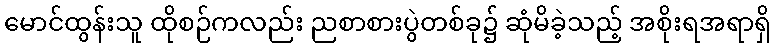
မောင်ထွန်းသူ ထိုစဉ်ကလည်း ညစာစားပွဲတစ်ခု၌ ဆုံမိခဲ့သည့် အစိုးရအရာရှိ